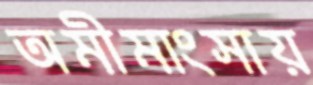
অমীমাংসায়